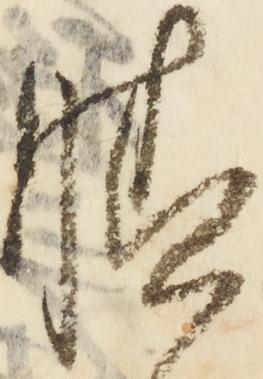
晴